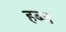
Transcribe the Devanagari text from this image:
हब्ज